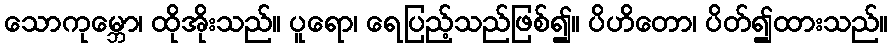
သောကုမ္ဘော၊ ထိုအိုးသည်။ ပူရော၊ ရေပြည့်သည်ဖြစ်၍။ ပိဟိတော၊ ပိတ်၍ထားသည်။